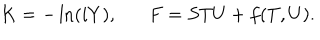
K = - \ln ( i Y ) , F = S T U + f ( T , U ) .